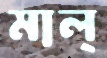
মাল্